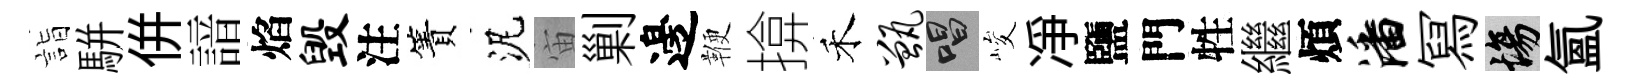
詣駢併諳焰毁注簀泥宙剿邊鞭揜禾甑唱峻净鹽門牲繼煩潘冩場氲